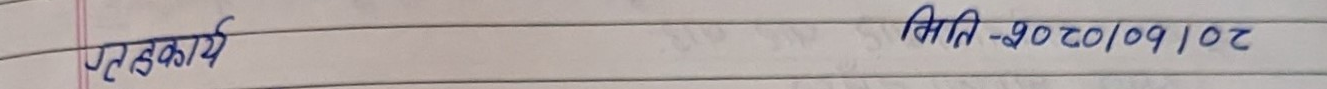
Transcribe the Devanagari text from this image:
पुस्तकार्य मिति-२०८०/०१/०२